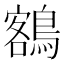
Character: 𪃭